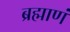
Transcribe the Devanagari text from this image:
ब्रह्माणं